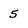
Character: 5